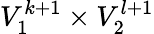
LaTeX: V_{1}^{k+1}\times V_{2}^{l+1}